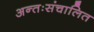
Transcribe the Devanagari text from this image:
अन्तःसंचालित